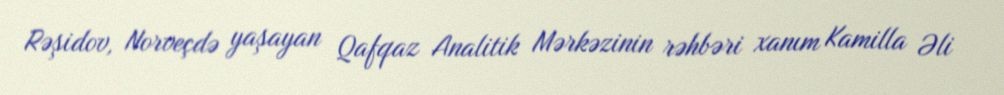
Rəşidov, Norveçdə yaşayan Qafqaz Analitik Mərkəzinin rəhbəri xanım Kamilla Əli